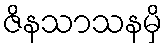
ဇိနသာသနမှိ